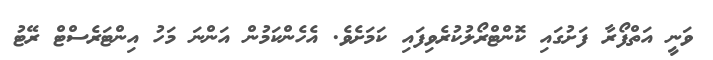
ވަނީ އަތްފޯރާ ފަށުގައި ކޮންޓްރޯލުކުރެވިފައި ކަމަށެވެ. އެހެންކަމުން އަންނަ މަހު އިންޓަރެސްޓް ރޭޓު